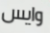
وايس